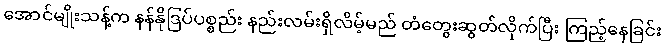
အောင်မျိုးသန့်က နန်နိုဒြပ်ပစ္စည်း နည်းလမ်းရှိလိမ့်မည် တံတွေးဆွတ်လိုက်ပြီး ကြည့်နေခြင်း